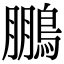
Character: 鵬